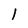
Character: 1